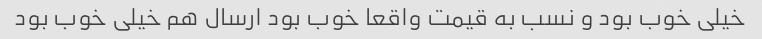
خیلی خوب بود و نسب به قیمت واقعا خوب بود ارسال هم خیلی خوب بود